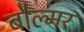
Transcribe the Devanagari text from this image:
बौल्मर